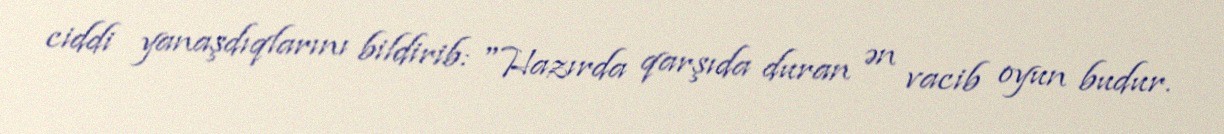
ciddi yanaşdıqlarını bildirib: "Hazırda qarşıda duran ən vacib oyun budur.